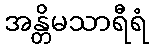
အန္တိမသာရီရံ